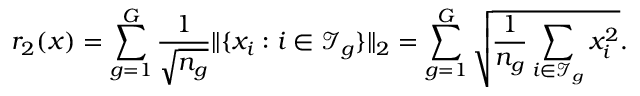
r _ { 2 } ( x ) = \sum _ { g = 1 } ^ { G } \frac { 1 } { \sqrt { n _ { g } } } \| \{ x _ { i } : i \in \mathcal { I } _ { g } \} \| _ { 2 } = \sum _ { g = 1 } ^ { G } \sqrt { \frac { 1 } { n _ { g } } \sum _ { i \in \mathcal { I } _ { g } } x _ { i } ^ { 2 } } .